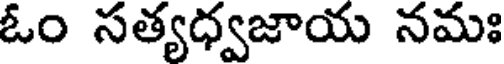
ఓం సత్యధ్వజాయ నమః